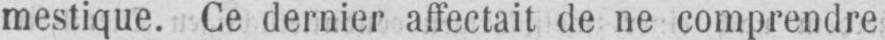
mestique. Ce dernier affectait de ne comprendre